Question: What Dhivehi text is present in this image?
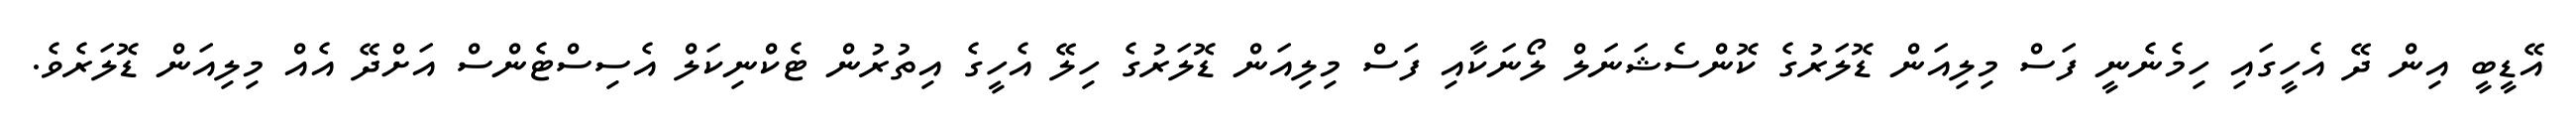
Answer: އޭޑީބީ އިން ދޭ އެހީގައި ހިމެނެނީ ފަސް މިލިއަން ޑޮލަރުގެ ކޮންސެޝަނަލް ލޯނަކާއި ފަސް މިލިއަން ޑޮލަރުގެ ހިލޭ އެހީގެ އިތުރުން ޓެކްނިކަލް އެސިސްޓެންސް އަށްދޭ އެއް މިލިއަން ޑޮލަރެވެ.